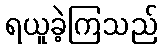
ရယူခဲ့ကြသည်